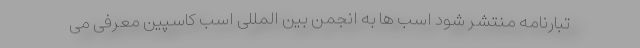
تبارنامه منتشر شود اسب ها به انجمن بین المللی اسب کاسپین معرفی می